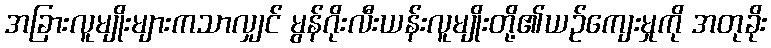
အခြားလူမျိုးများကသာလျှင် မွန်ဂိုးလီးယန်းလူမျိုးတို့၏ယဉ်ကျေးမှုကို အတုခိုး